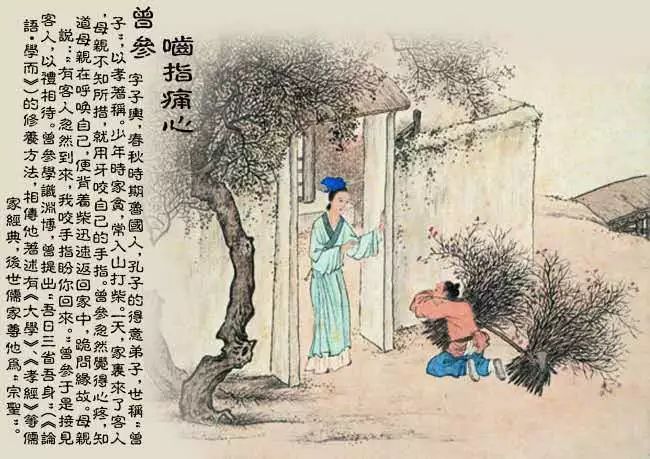
当时父母念，今日尔应知。